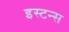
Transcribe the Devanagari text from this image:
इस्टन्स